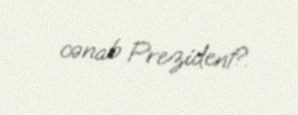
cənab Prezident?.